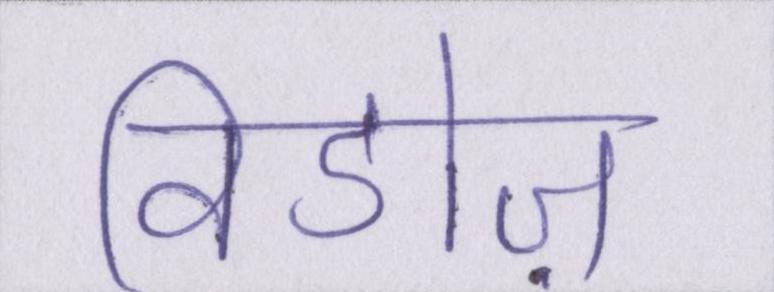
विडोज़